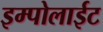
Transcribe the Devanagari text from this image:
इम्पोलाईट